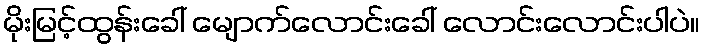
မိုးမြင့်ထွန်းခေါ် မျောက်လောင်းခေါ် လောင်းလောင်းပါပဲ။